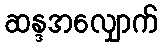
ဆန္ဒအလျှောက်